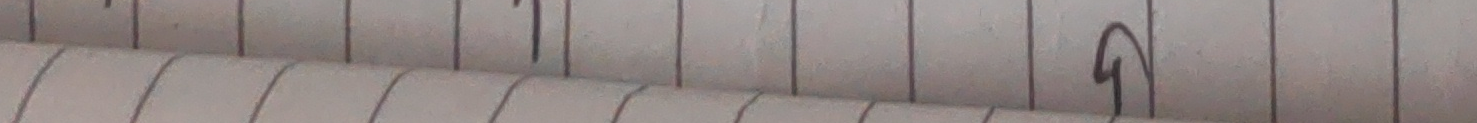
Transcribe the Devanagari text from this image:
१ ५